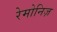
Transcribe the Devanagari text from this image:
रेमोनिज़